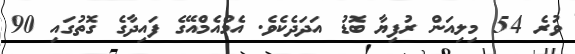
ވުރެ 54 މިލިއަން ރުފިޔާ ބޮޑު އަދަދެކެވެ. އެމްއެމްއޭގެ ފައިދާގެ ގޮތުގައި 90